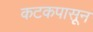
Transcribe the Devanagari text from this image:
कटकपासून